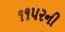
૧૧૫૨ની